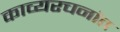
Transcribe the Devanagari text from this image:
काव्यरचनांत